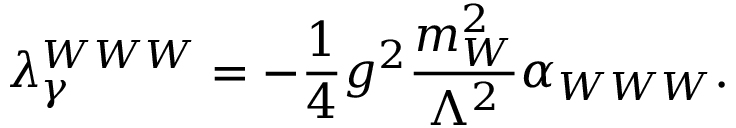
\lambda _ { \gamma } ^ { W W W } = - \frac 1 4 g ^ { 2 } \frac { m _ { W } ^ { 2 } } { \Lambda ^ { 2 } } \alpha _ { W W W } .